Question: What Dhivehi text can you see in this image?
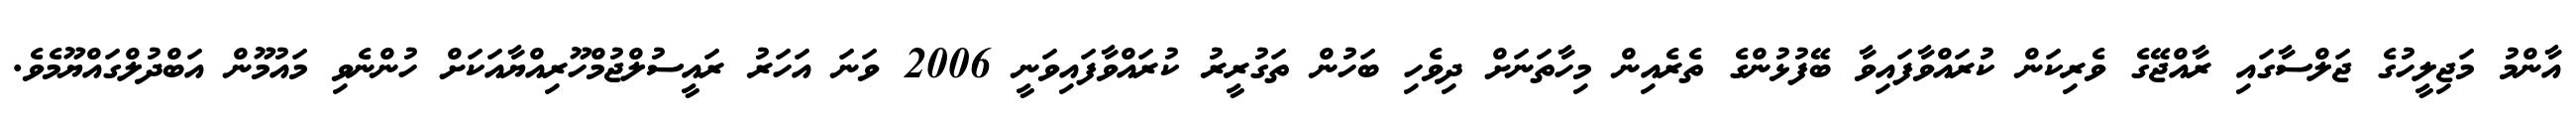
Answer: އާންމު މަޖިލީހުގެ ޖަލްސާގައި ރާއްޖޭގެ ވެރިކަން ކުރައްވާފައިވާ ބޭފުޅުންގެ ތެރެއިން މިހާތަނަށް ދިވެހި ބަހުން ތަގުރީރު ކުރައްވާފައިވަނީ 2006 ވަނަ އަހަރު ރައީސުލްޖުމްހޫރިއްޔާއަކަށް ހުންނެވި މައުމޫން އަބްދުލްގައްޔޫމެވެ.